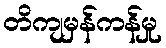
တိကျမှန်ကန်မှု